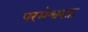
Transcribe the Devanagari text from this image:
परमेश्वरफ़